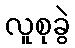
လူစုခွဲ